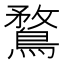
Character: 鶩